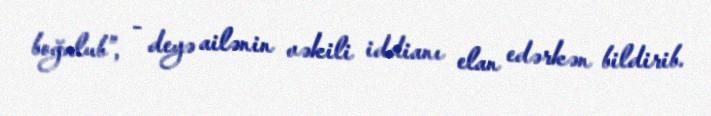
boğulub”, - deyə ailənin vəkili iddianı elan edərkən bildirib.